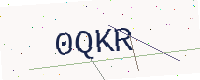
Text: 0QKR